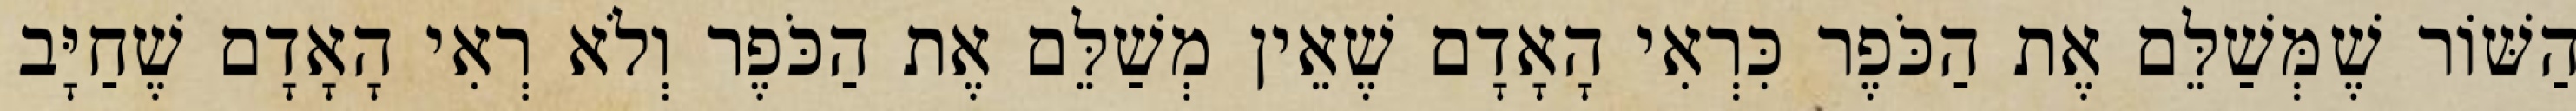
הַשּׁוֹר שֶׁמְּשַׁלֵּם אֶת הַכֹּפֶר כִּרְאִי הָאָדָם שֶׁאֵין מְשַׁלֵּם אֶת הַכֹּפֶר וְלֹא רְאִי הָאָדָם שֶׁחַיָּב